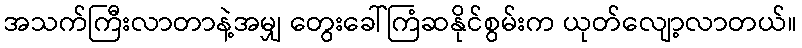
အသက်ကြီးလာတာနဲ့အမျှ တွေးခေါ်ကြံဆနိုင်စွမ်းက ယုတ်လျော့လာတယ်။